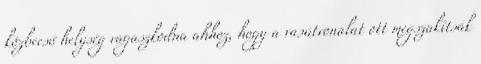
közbeeső helység ragaszkodna ahhoz, hogy a vasútvonalat ott megszakítsák